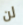
لن